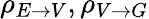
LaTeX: \rho_{E\to V},\rho_{V\to G}